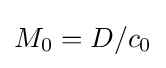
M_{0}=D/c_{0}